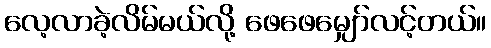
လေ့လာခဲ့လိမ်မယ်လို့ ဖေဖေမျှော်လင့်တယ်။